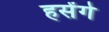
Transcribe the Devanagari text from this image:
हसेंगे